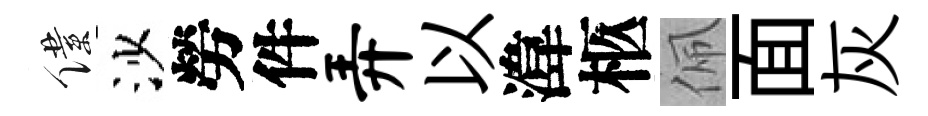
僕沙勞件弄以湋柩佩面灰